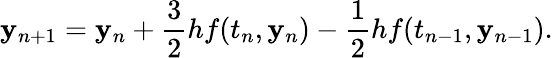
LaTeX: \mathbf{y}_{n+1}=\mathbf{y}_{n}+{\frac{{3}}{{2}}}hf(t_{n},\mathbf{y}_{n})-{\frac{{1}}{{2}}}hf(t_{n-1},\mathbf{y}_{n-1}).